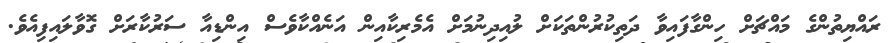
ރައްޔިތުންގެ މައްޗަށް ހިންގާފައިވާ ދަތިކުރުންތަކަށް ލުއިދިނުމަށް އެމެރިކާއިން އަނެއްކާވެސް އިންޑިއާ ސަރުކާރަށް ގޮވާލައިފިއެވެ.